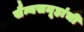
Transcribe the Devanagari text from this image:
सैन्यसमूहांची